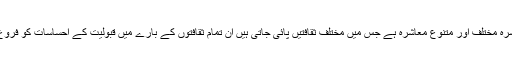
پاکستانی معاشرہ مختلف اور متنوع معاشرہ ہے جس میں مختلف ثقافتیں پائی جاتی ہیں ان تمام ثقافتوں کے بارے میں قبولیت کے احساسات کو فروغ دینا چاہئے ۔